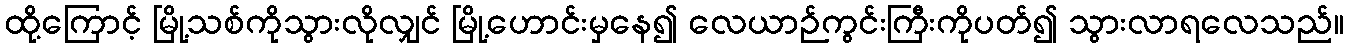
ထို့ကြောင့် မြို့သစ်ကိုသွားလိုလျှင် မြို့ဟောင်းမှနေ၍ လေယာဉ်ကွင်းကြီးကိုပတ်၍ သွားလာရလေသည်။